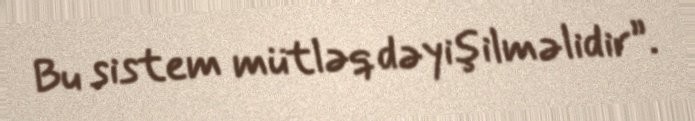
Bu sistem mütləq dəyişilməlidir”.